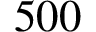
5 0 0